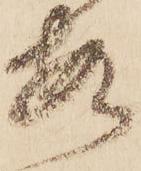
安